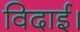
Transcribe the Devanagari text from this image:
विदाई।